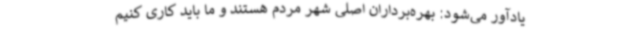
یادآور می‌شود: بهره‌برداران اصلی شهر مردم هستند و ما باید کاری کنیم